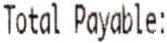
TOTAL PAYABLE: